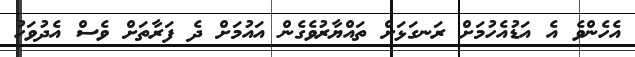
އެހެންވެ އެ އަޑުއެހުމަށް ރަނގަޅަށް ތައްޔާރުވެގެން އައުމަށް ދެ ފަރާތަށް ވެސް އެދުވަހު